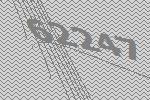
62247